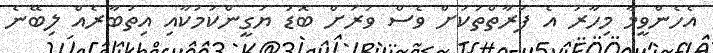
އެހެންވީމާ މިހާރު އެ ފަރާތްތަކަށް ވެސް ވަރަށް ބޮޑު ޔަގީންކަމަކާއި އިތުބާރެއް ލިބޭނެ